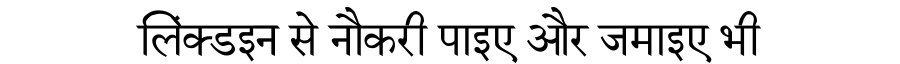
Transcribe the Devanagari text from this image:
लिंक्डइन से नौकरी पाइए और जमाइए भी